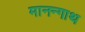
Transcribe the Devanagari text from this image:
मानन्गाथ